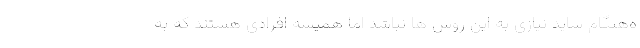
ه‌هنگام شاید نیازی به این روش ها نباشد اما همیشه افرادی هستند که به